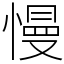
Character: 慢